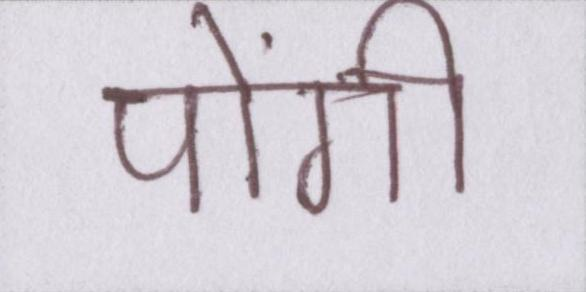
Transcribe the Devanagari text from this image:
पोंगी